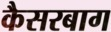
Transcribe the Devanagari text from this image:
कैसरबाग